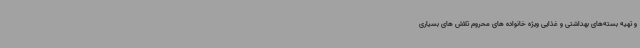
و تهیه بسته‌های بهداشتی و غذایی ویژه خانواده های محروم تلاش های بسیاری